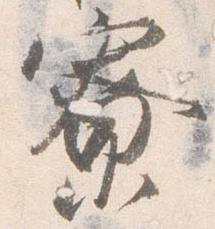
寮